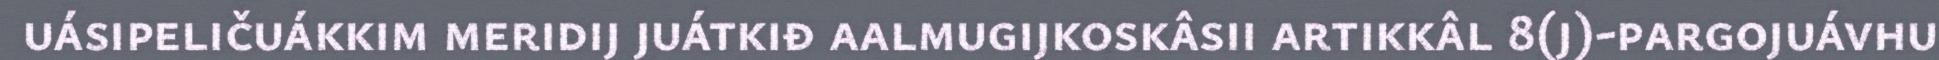
uásipeličuákkim meridij juátkiđ aalmugijkoskâsii artikkâl 8(j)-pargojuávhu